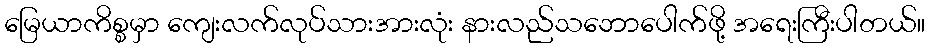
မြေယာကိစ္စမှာ ကျေးလက်လုပ်သားအားလုံး နားလည်သဘောပေါက်ဖို့ အရေးကြီးပါတယ်။